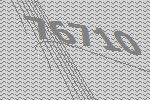
76710